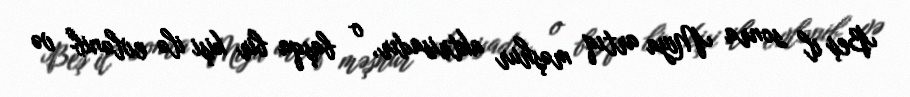
Beş il sonra Miya artıq məşhur aktrisadır, o başqa bir kişi ilə evlənib və